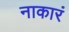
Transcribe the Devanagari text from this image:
नाकारं